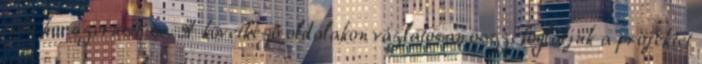
célú korszerűsítése. A következő oldalakon vázlatosan összefoglaljuk a projektet